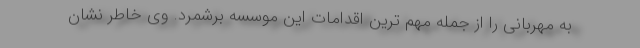
به مهربانی را از جمله مهم ترین اقدامات این موسسه برشمرد. وی خاطر نشان